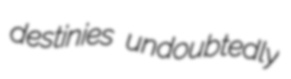
destinies undoubtedly